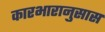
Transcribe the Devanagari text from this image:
कारभारानुसास